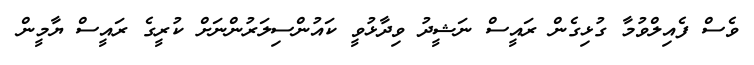
ވެސް ފެއިލްވުމާ ގުޅިގެން ރައީސް ނަޝީދު ވިދާޅުވީ ކައުންސިލަރުންނަށް ކުރީގެ ރައީސް ޔާމީން